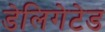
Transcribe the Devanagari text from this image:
डेलिगेटेड